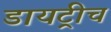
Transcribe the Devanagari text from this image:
डायट्रीच